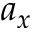
a _ { x }